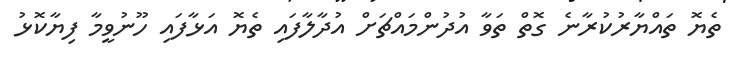
ތެޔޮ ތައްޔާރުކުރާނެ ގޮތް ތަވާ އުދުންމައްޗަށް އުދާލާފައި ތެޔޮ އަޅާފައި ހޫނުވީމާ ފިޔާކޮޅު